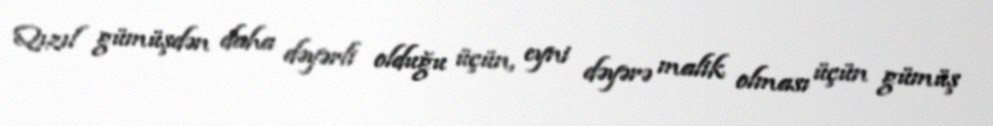
Qızıl gümüşdən daha dəyərli olduğu üçün, eyni dəyərə malik olması üçün gümüş